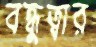
বন্ধুত্বার